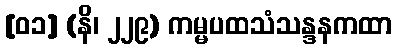
[၀၁] (နိ၊ ၂၂၉) ကမ္မပထသံသန္ဒနကထာ